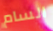
السام